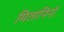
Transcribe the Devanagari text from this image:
मितानिनों